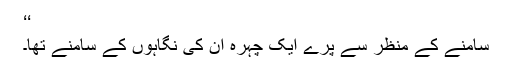
‘‘
سامنے کے منظر سے پرے ایک چہرہ ان کی نگاہوں کے سامنے تھا۔